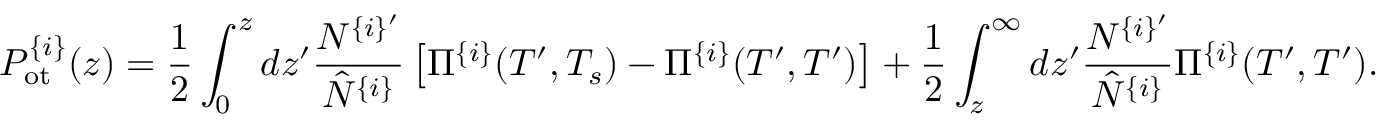
P _ { \mathrm { o t } } ^ { \{ i \} } ( z ) = \frac { 1 } { 2 } \int _ { 0 } ^ { z } d z ^ { \prime } \frac { N ^ { \{ i \} ^ { \prime } } } { \hat { N } ^ { \{ i \} } } \left[ \Pi ^ { \{ i \} } ( T ^ { \prime } , T _ { s } ) - \Pi ^ { \{ i \} } ( T ^ { \prime } , T ^ { \prime } ) \right] + \frac { 1 } { 2 } \int _ { z } ^ { \infty } d z ^ { \prime } \frac { N ^ { \{ i \} ^ { \prime } } } { \hat { N } ^ { \{ i \} } } \Pi ^ { \{ i \} } ( T ^ { \prime } , T ^ { \prime } ) .